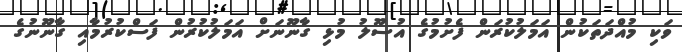
ވަކި މުއްދަތަކުން އަމަލުކުރަން ފެށުމުގެ އުސޫލު މުޅި ގާނޫނަށް އަމަލުކުރުން ފަސްކުރުމާއި ގާނޫނުގެ